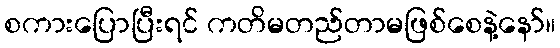
စကားပြောပြီးရင် ကတိမတည်တာမဖြစ်စေနဲ့နော်။